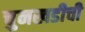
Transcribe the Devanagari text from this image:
चुनखडीची